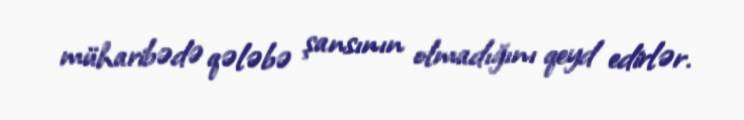
müharibədə qələbə şansının olmadığını qeyd edirlər.